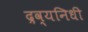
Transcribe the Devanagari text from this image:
द्रव्यनिधी